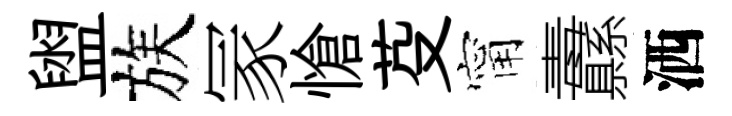
盥族冡愴芟甯纛洒